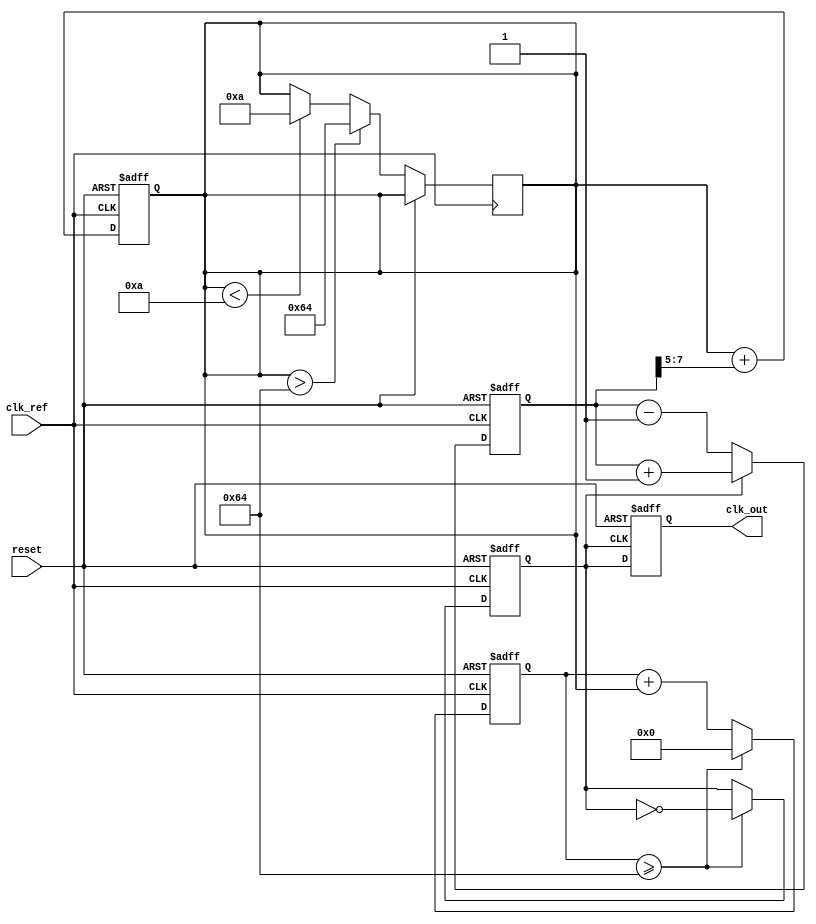
module type1_pll (
    input wire clk_ref,          // Reference clock input
    input wire reset,           // Reset signal
    output reg clk_out          // Output clock
);

// Parameters
parameter integer VCO_MAX_FREQ = 100; // Maximum frequency of VCO
parameter integer VCO_MIN_FREQ = 10;   // Minimum frequency of VCO
parameter integer LOOP_BANDWIDTH = 5;  // Loop bandwidth for the PLL

// Internal signals
reg [7:0] phase_error;             // Phase error signal
reg [7:0] control_voltage;          // Control voltage for VCO
reg [31:0] vco_counter;             // VCO counter
reg [31:0] vco_divider;             // VCO divider for output frequency
reg vco_clk;                        // VCO clock output

// Phase Detector (PD)
always @(posedge clk_ref or posedge reset) begin
    if (reset) begin
        phase_error <= 0;
    end else begin
        // Simple phase detector logic
        if (vco_clk) begin
            phase_error <= phase_error + 1; // Output clock is leading
        end else begin
            phase_error <= phase_error - 1; // Output clock is lagging
        end
    end
end

// Low-Pass Filter (LPF)
always @(posedge clk_ref or posedge reset) begin
    if (reset) begin
        control_voltage <= 0;
    end else begin
        // Simple LPF: control voltage is smoothed version of phase error
        control_voltage <= control_voltage + (phase_error >> LOOP_BANDWIDTH);
    end
end

// Voltage-Controlled Oscillator (VCO)
always @(posedge clk_ref or posedge reset) begin
    if (reset) begin
        vco_counter <= 0;
        vco_clk <= 0;
    end else begin
        // VCO frequency control based on control voltage
        if (control_voltage > VCO_MAX_FREQ) begin
            control_voltage <= VCO_MAX_FREQ;
        end else if (control_voltage < VCO_MIN_FREQ) begin
            control_voltage <= VCO_MIN_FREQ;
        end
        
        // VCO counter logic
        vco_counter <= vco_counter + control_voltage;
        if (vco_counter >= 100) begin // Adjust this threshold for desired frequency
            vco_clk <= ~vco_clk; // Toggle VCO clock
            vco_counter <= 0; // Reset counter
        end
    end
end

// Feedback Mechanism
always @(posedge vco_clk or posedge reset) begin
    if (reset) begin
        clk_out <= 0;
    end else begin
        clk_out <= vco_clk; // Output clock is the VCO clock
    end
end

endmodule